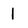
Character: 1